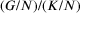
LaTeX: ( G / N ) / ( K / N )